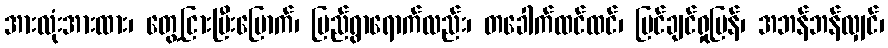
အားလုံးအားထား၊ တွေ့ငြားပြီးမြောက်၊ ပြည်ရွာရောက်လည်း၊ တခေါက်ထင်ထင်၊ မြင်ချင်ရှုပြန်၊ အဘန်ဘန်လျှင်၊